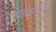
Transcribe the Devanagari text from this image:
न्यायालयासारखा